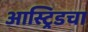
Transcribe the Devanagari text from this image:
आस्ट्रिडचा